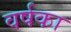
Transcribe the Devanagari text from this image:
वर्षका